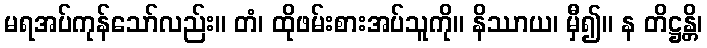
မရအပ်ကုန်သော်လည်း။ တံ၊ ထိုဖမ်းစားအပ်သူကို။ နိဿာယ၊ မှီ၍။ န တိဋ္ဌန္တိ၊